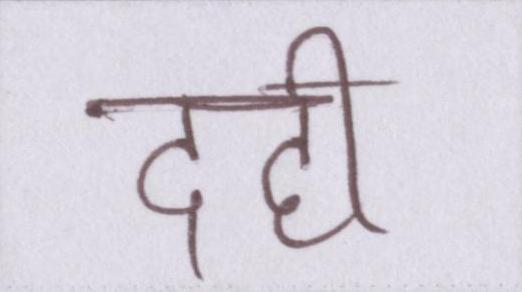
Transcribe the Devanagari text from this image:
दही